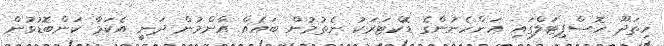
ހިތަދޫ ހޮސްޕިޓަލްގައި އަންހެނުންގެ ޑޮކްޓަރަކު ނެތުމުން ބައެއް އާންމުން ދަނީ އެކަމާ ކަންބޮޑުވުން